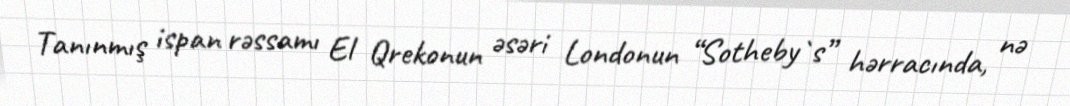
Tanınmış ispan rəssamı El Qrekonun əsəri Londonun “Sotheby`s” hərracında, nə